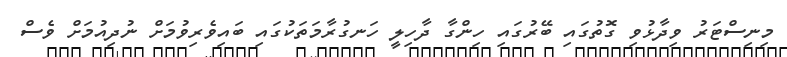
މިނިސްޓަރު ވިދާޅުވި ގޮތުގައި ބޭރުގައި ހިންގާ ދާހިލީ ހަނގުރާމަތަކުގައި ބައިވެރިވުމަށް ނުދިއުމަށް ވެސް